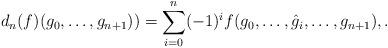
LaTeX: \begin{align*}d_n(f)(g_0, \dots, g_{n+1})) = \sum_{i=0}^n (-1)^i f(g_0, \dots, \hat g_i, \dots, g_{n+1}), .\end{align*}